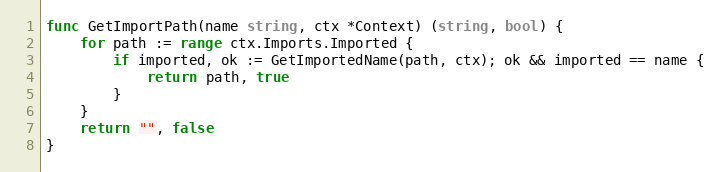
Language: Go
func GetImportPath(name string, ctx *Context) (string, bool) {
	for path := range ctx.Imports.Imported {
		if imported, ok := GetImportedName(path, ctx); ok && imported == name {
			return path, true
		}
	}
	return "", false
}